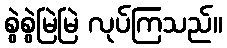
စွဲစွဲမြဲမြဲ လုပ်ကြသည်။